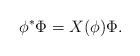
LaTeX: \begin{align*}\phi^{\ast}\Phi = X(\phi)\Phi.\end{align*}